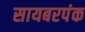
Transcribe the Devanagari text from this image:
सायबरपंक